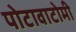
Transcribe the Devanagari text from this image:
पोटावाटोमी